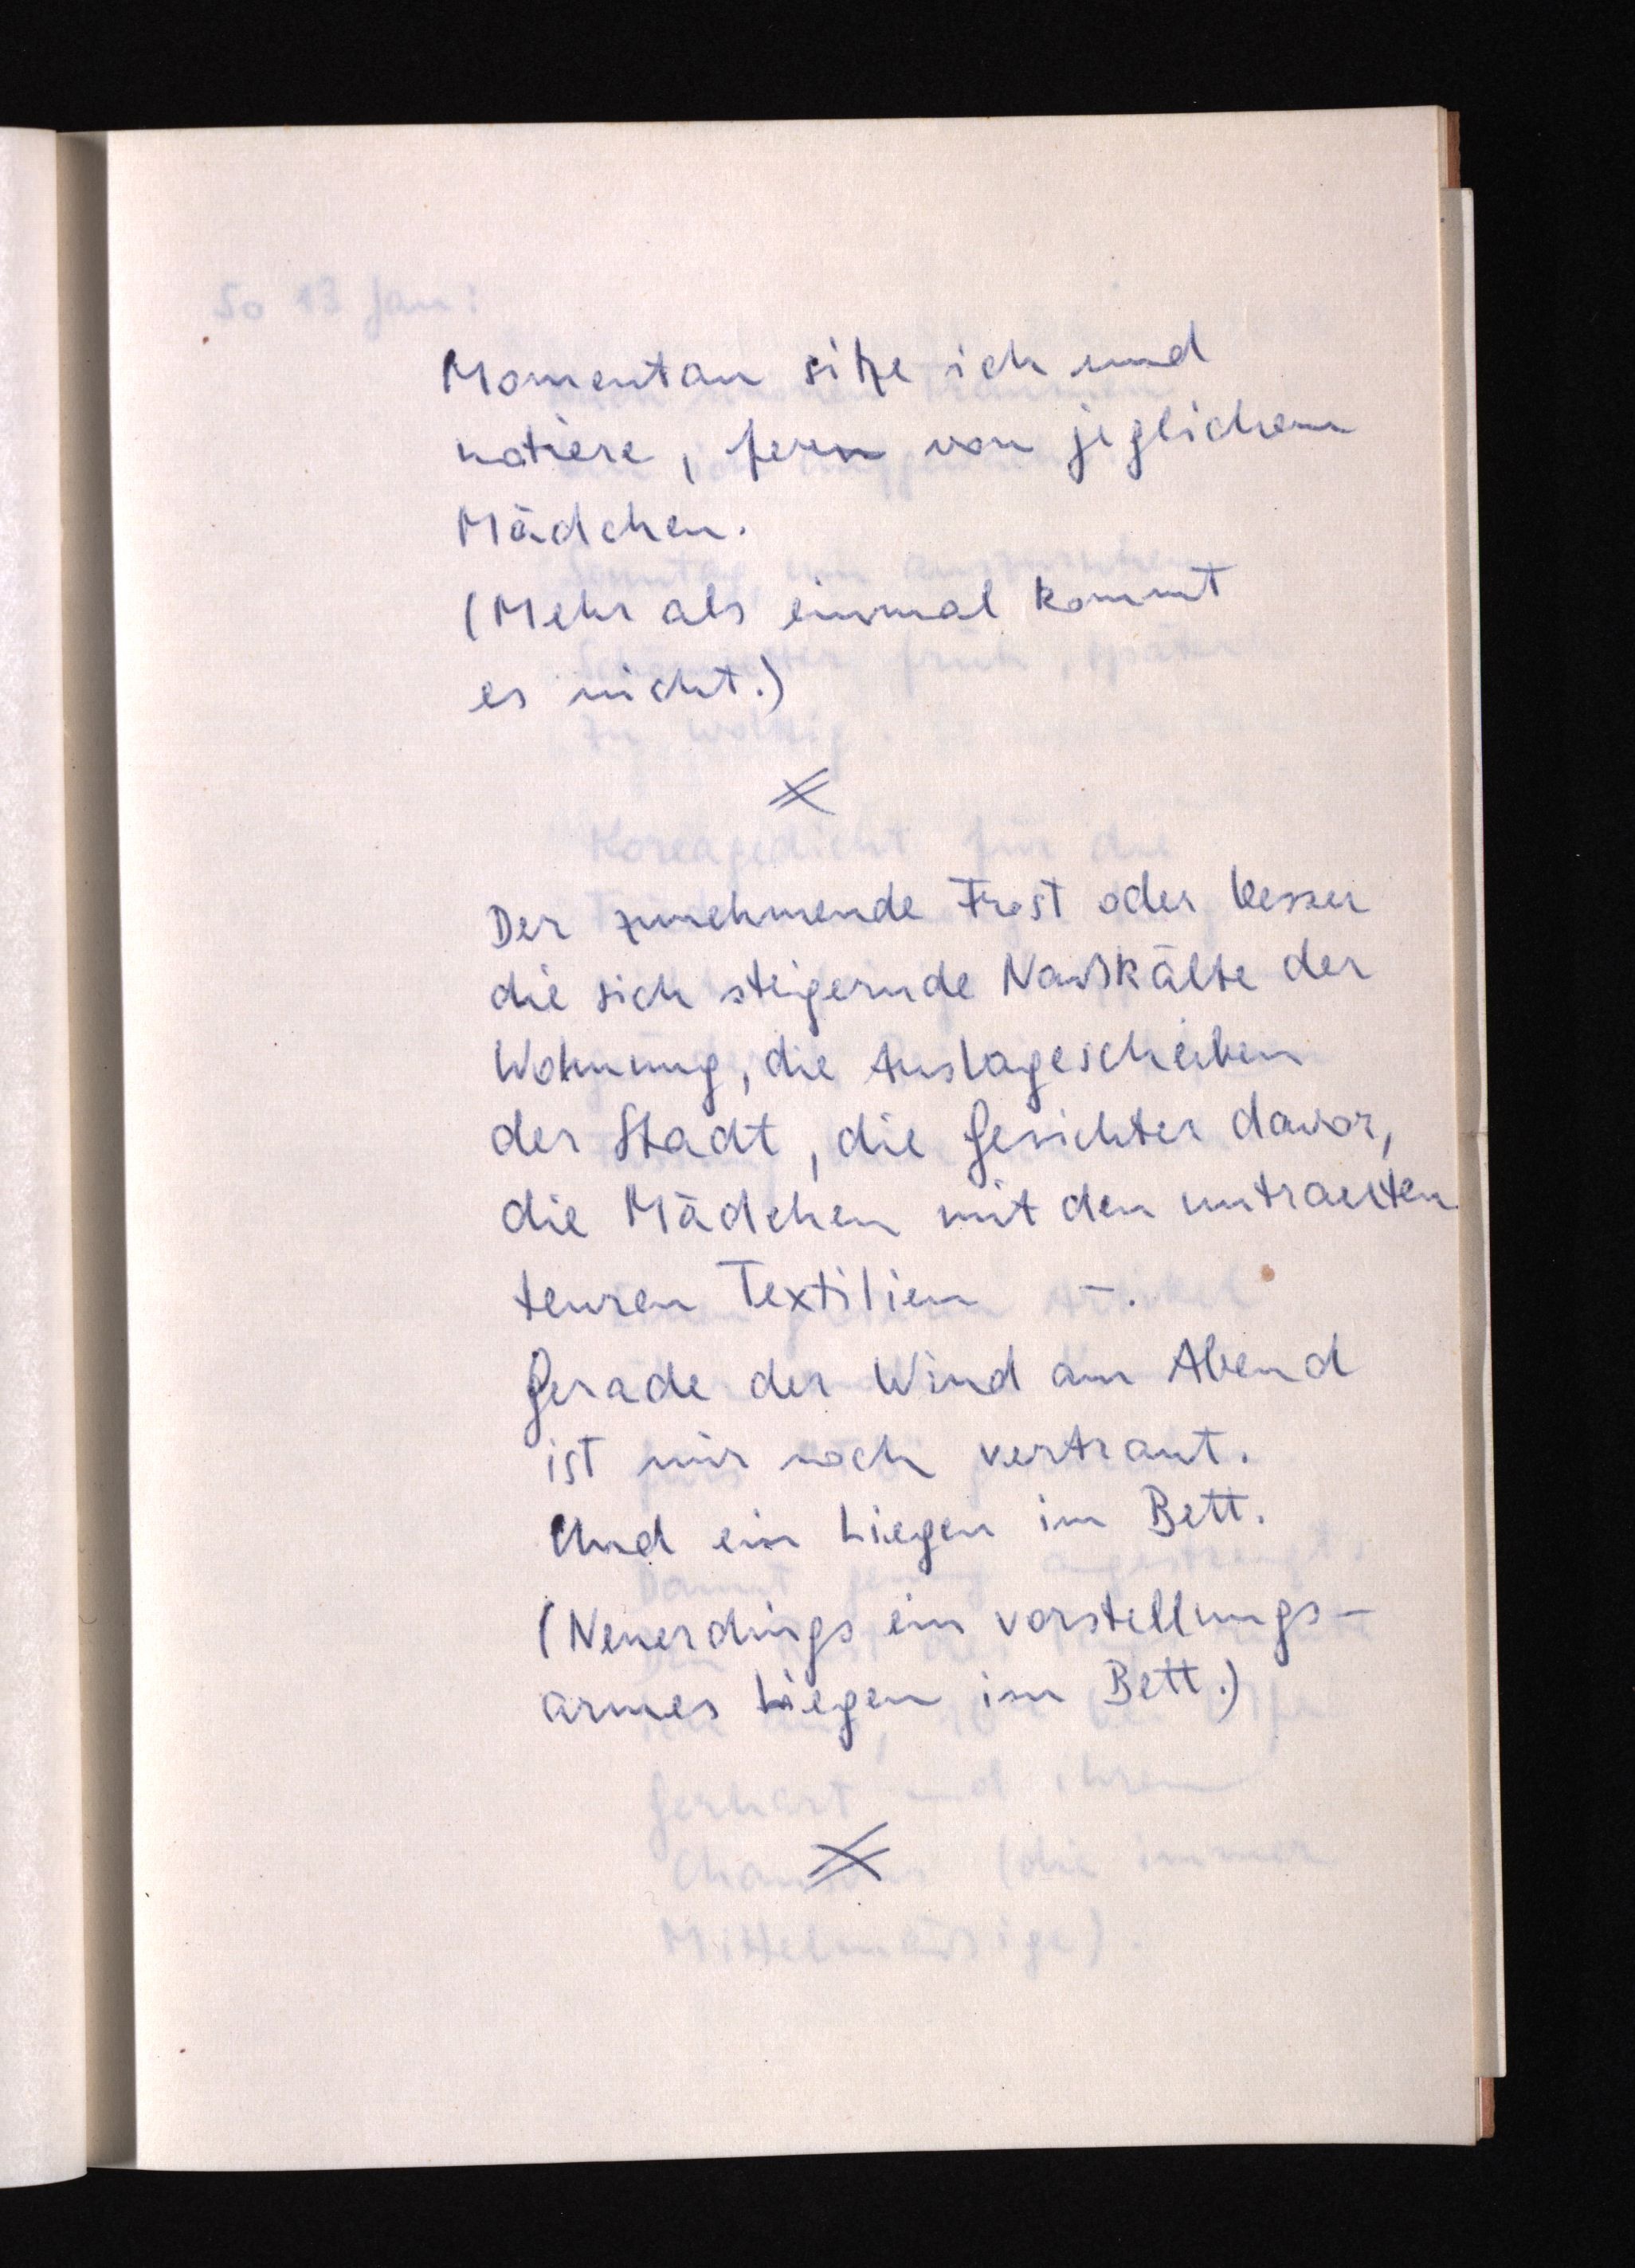
Momentan sitze ich und
notiere, fern von jeglichem
Mädchen.
(Mehr als einmal kommt
es nicht.)
Der zunehmende Frost oder besser
die sich steigernde Naßkälte der
Wohnung, die Auslagescheiben
der Stadt, die Gesichter davor,
die Mädchen mit den untrauten
teuren Textilien - .
Gerade der Wind am Abend
ist mir noch vertraut.
Und ein Liegen im Bett.
(Neuerdings ein vorstellungs¬
armes Liegen im Bett.)